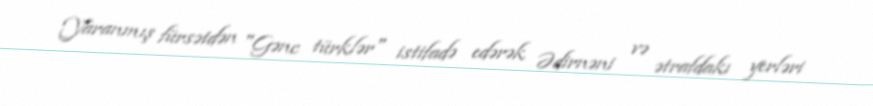
Yaranmış fürsətdən "Gənc türklər" istifadə edərək Ədirnəni və ətrafdakı yerləri